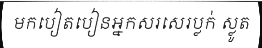
មកបៀតបៀនអ្នកសរសេរប្លក់ ស្លូត